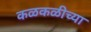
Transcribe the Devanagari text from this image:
कळकळीच्या